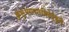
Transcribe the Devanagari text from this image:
कुसुंभरागारुणितैर्दुकूलैः